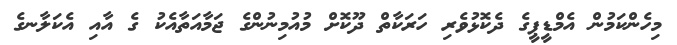
މިހެންކަމުން އެމްޑީޕީގެ ދެކޮޅުވެރި ހަރަކާތް ދޫކޮށް މުއުމިނުންގެ ޖަމާއަތާއެކު ގެ އާއި އެކަލާނގެ